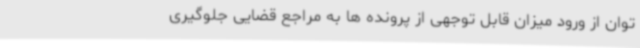
توان از ورود میزان قابل توجهی از پرونده ها به مراجع قضایی جلوگیری